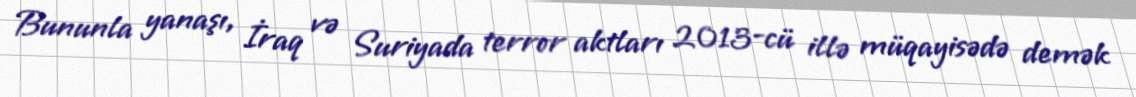
Bununla yanaşı, İraq və Suriyada terror aktları 2013-cü illə müqayisədə demək